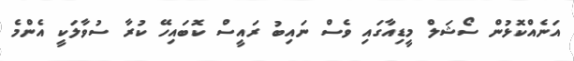
އަނެއްކޮޅުން ސޯޝަލް މީޑިއާގައި ވެސް ނައިބު ރައީސް ކޮބައިހޭ ކުރާ ސުވާލަކީ އެންމެ